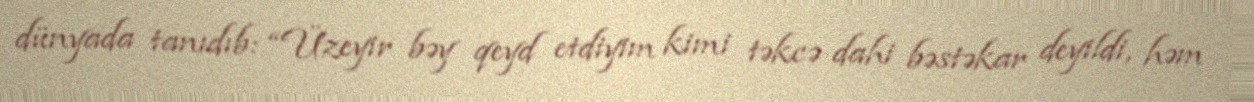
dünyada tanıdıb: “Üzeyir bəy qeyd etdiyim kimi təkcə dahi bəstəkar deyildi, həm